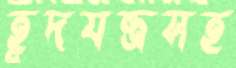
হূদযন্ত্রসহ